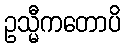
ဥသ္မီကတောပိ